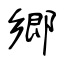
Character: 郷